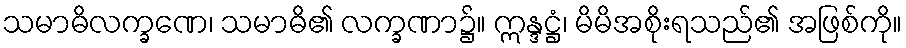
သမာဓိလက္ခဏေ၊ သမာဓိ၏ လက္ခဏာ၌။ ဣန္ဒဋ္ဌံ၊ မိမိအစိုးရသည်၏ အဖြစ်ကို။